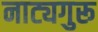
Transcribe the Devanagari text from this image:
नाट्यगुरू